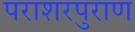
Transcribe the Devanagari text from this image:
पराशरपुराण